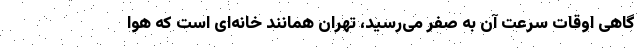
گاهی اوقات سرعت آن به صفر می‌رسید، تهران همانند خانه‌ای است که هوا